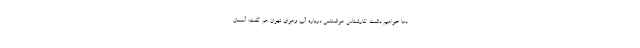
دما خواهیم داشت. کارشناس هواشناسی درباره آب وهوای تهران هم گفت: آسمان